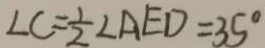
\angle C = \frac { 1 } { 2 } \angle A E D = 3 5 ^ { \circ }